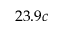
2 3 . 9 c